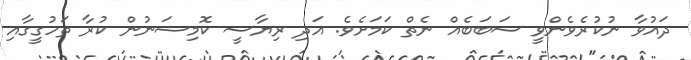
ދައުވާ ނުކުރެވެންވީ ސަބަބެއް ނެތް ކަމަށެވެ. އަދި ރިޔާސީ ކޮމިޝަނުން ކުރާ ތަހުގީގާއި